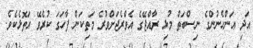
އަދި އަންހެނުންގެ ނިސްބަތް މުޅި ރާއްޖޭގެ އެވްރެޖަށްވުރެ މަތިކަން ފާހަގަ ކުރެވޭ އަތޮޅެކެވެ.